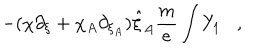
- ( \chi \partial _ { \xi } + \chi _ { A } \partial _ { \xi _ { A } } ) \hat { \xi } _ { A } \frac { m } { e } \int Y _ { 1 } ,